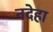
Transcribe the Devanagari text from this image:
नदेहा